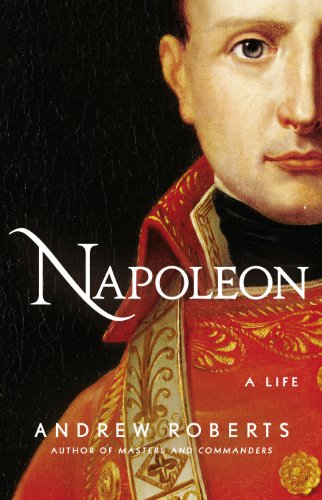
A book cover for Napoleon: A Life; Andrew Roberts; Biographies & Memoirs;